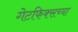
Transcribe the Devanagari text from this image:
गेटफिक्सच्या